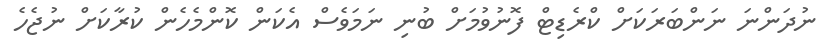
ނުދަންނަ ނަންބަރަކަށް ކްރެޑިޓް ފޮނުވުމަށް ބުނި ނަމަވެސް އެކަން ކޮންމެހެން ކުރާކަށް ނުޖެހެ